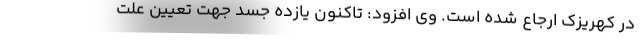
در کهریزک ارجاع شده است. وی افزود: تاکنون یازده جسد جهت تعیین علت